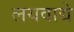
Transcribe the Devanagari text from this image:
लयवाद्ये